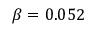
\beta = 0 . 0 5 2